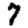
Digit: 7